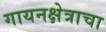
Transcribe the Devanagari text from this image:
गायनक्षेत्राचा